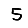
Digit: 5